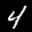
Label: 4